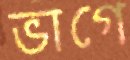
ভাগে